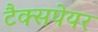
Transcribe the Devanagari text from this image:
टैक्सपेयर